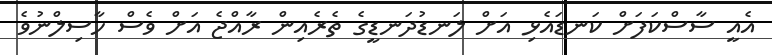
އެއީ ސާސްކަފަށް ކަނޑައެޅި އަށް ލަނޑުދަނޑީގެ ތެރެއިން ރާއްޖެ އަށް ވެސް ހާސިލްނުވެ